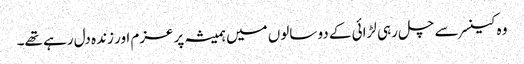
وہ کینسر سے چل رہی لڑائی کے دو سالوں میں ہمیشہ پرعزم اور زندہ دل رہے تھے۔